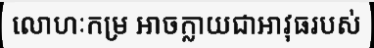
លោហៈកម្រ អាចក្លាយជាអាវុធរបស់